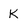
Character: K